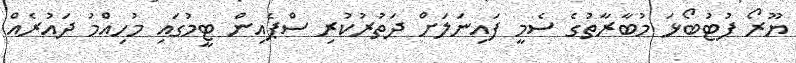
ޔޫރޯ ފުޓުބޯޅަ މުބާރާތުގެ ސެމީ ފައިނަލަށް ދަތުރުކުރި ސްޕެއިން ޓީމުގައި މުހިއްމު ދައުރެއް